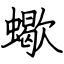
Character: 蠍